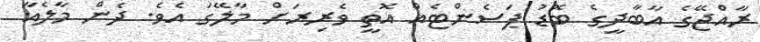
ރާއްޖޭގެ އާބާދީގެ ބޮޑު ޕަސެންޓެއް އޮތީ ވެރިރަށް މާލޭގަ އެވެ. ދެން މާލެއާ